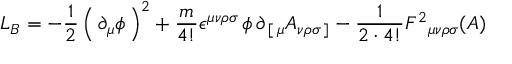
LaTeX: L _ { B } = - { \frac { 1 } { 2 } } \left( \, \partial _ { \mu } \phi \, \right) ^ { 2 } + { \frac { m } { 4 ! } } \epsilon ^ { \mu \nu \rho \sigma } \, \phi \, \partial _ { \, [ \, \mu } A _ { \nu \rho \sigma \, ] } - { \frac { 1 } { 2 \cdot 4 ! } } F ^ { 2 } { } _ { \mu \nu \rho \sigma } ( A )